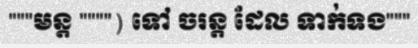
"""មន្ត """") ទៅ ចរន្ត ដែល ទាក់ទង"""